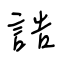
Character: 誥